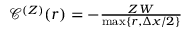
\begin{array} { r } { \mathcal { C } ^ { ( Z ) } ( r ) = - \frac { Z \, W } { \mathrm { m a x } \{ r , \Delta x / 2 \} } } \end{array}